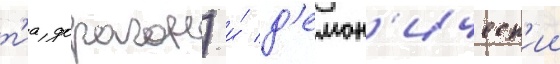
т'иа дорагон) и́ д'емон'ическ'ии